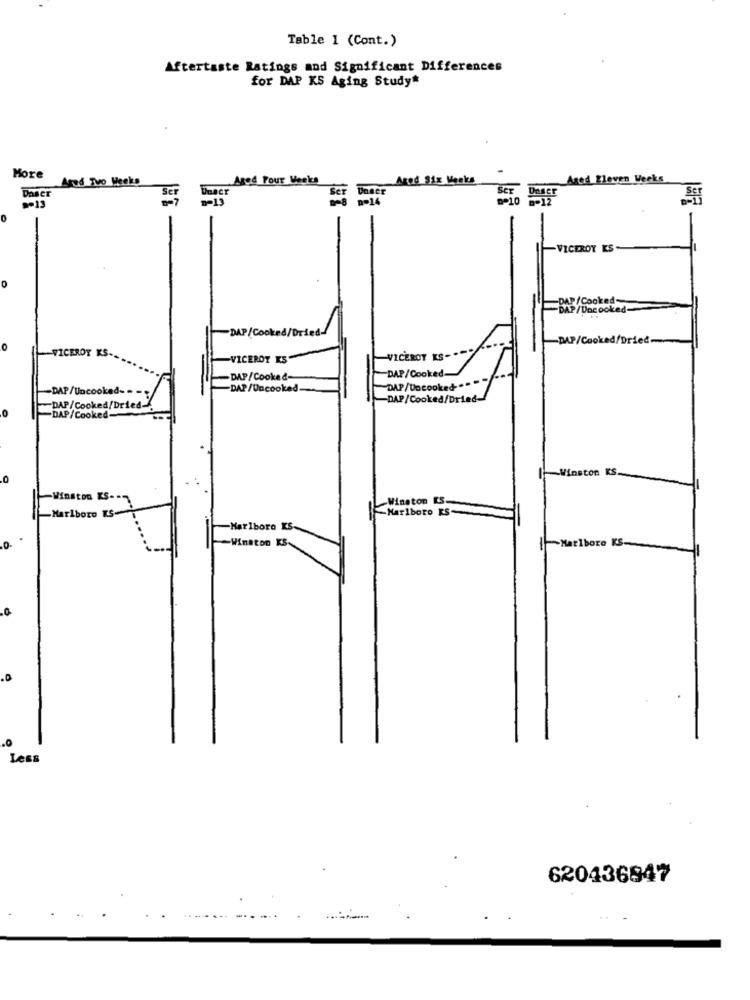
Table 1 (Cont.)
Aftertaste Ratings and Significant Differences
for DAP KS Aging Study*
More
Ared Two Weeks
Aged Four Weeks
Agod Six Weeks
Ased Eleven Weeks
Daser
SCT
== 13
p=14
De10
8-12
Daser
VICEROY ES
0
DAP /Cooked
DAP/Uncooked-
-DAP/Cooked/Dried-
DAP/Cooked/Dried.
O
-VICEROY
-VICEROY KS
-VICEROY KS-
-DAP/Cooked-
-DAP/Cooked-
-DAP /Uncooked-
-DAP/Uncooked.
DAP/Uncooked
-DAP/Cooked/Dried-
DAP/ Cooked/Dried-
-DAP/Cooked
-Winston KS.
Winston KS --
-Winston KS.
Marlboro KS-
Marlboro KS-
-Marlboro KS.
-Marlboro KS-
-Winston KS
.0
.D
.0
Less
620436947